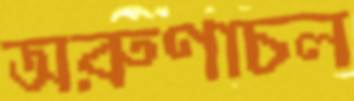
অরুণাচল